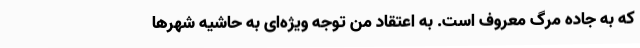
که به جاده مرگ معروف است. به اعتقاد من توجه ویژه‌ای به حاشیه شهرها